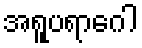
အရူပရာဂေါ